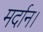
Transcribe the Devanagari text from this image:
मर्दान।